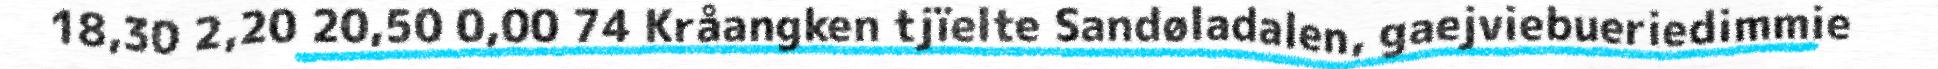
18,30 2,20 20,50 0,00 74 Kråangken tjïelte Sandøladalen, gaejviebueriedimmie